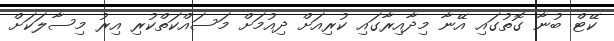
ކޭޓް ބުނާ ގޮތުގައި އޭނާ މިދާއިރާގައި ކުރިއަށް ދިއުމަށް މަސައްކަތްކުރި އިރު މިސާލަކަށް